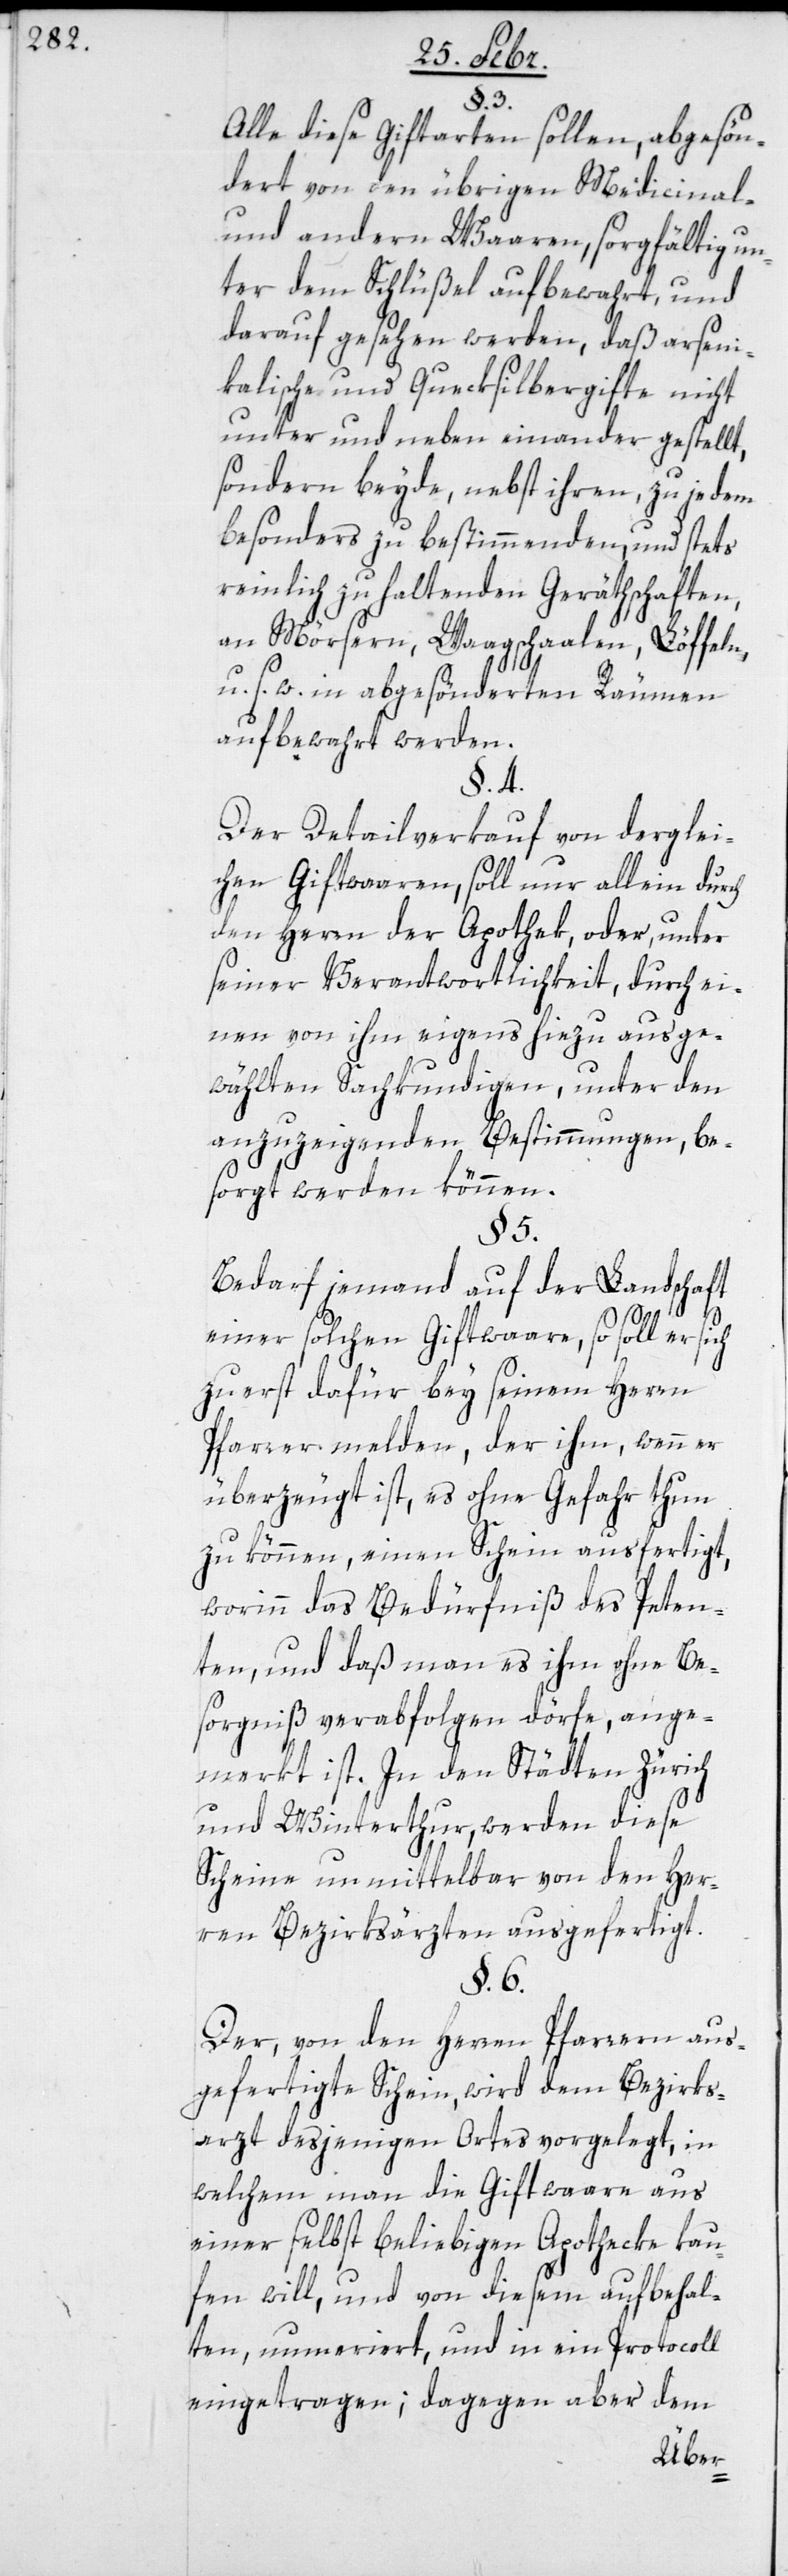
§. 3.
Alle diese Gift-Arten sollen, abgesön¬
dert von den übrigen Medicinal-
und andern Waaren, sorgfältig un¬
ter dem Schlüßel aufbewahrt, und
darauf gesehen werden, daß arseni¬
kalische und Quecksilbergifte nicht
unter und neben einander gestellt,
sondern beyde, nebst ihren, zu jedem
besonders zu bestimmenden, und stets
reinlich zu haltenden Geräthschaften,
an Mörsern, Waagschalen, Löffeln
u. s. w. in abgesönderten Räumen
aufbewahrt werden.
§. 4.
Der Detailverkauf von derglei¬
chen Giftwaaren, soll nur allein durch
den Herrn der Apothek, oder, unter
seiner Verantwortlichkeit, durch ei¬
nen von ihm eigens hiezu ausge¬
wählten Sachkundigen, unter den
anzuzeigenden Bestimmungen, be¬
sorgt werden können.
§. 5.
Bedarf jemand auf der Landschaft
einer solchen Giftwaare, so soll er sich
zuerst dafür bey seinem Herrn
Pfarrer melden, der ihm, wenn er
überzeugt ist, es ohne Gefahr thun
zu können, einen Schein ausfertigt,
worinn das Bedürfniß des Peten¬
ten, und daß man es ihm ohne Be¬
sorgniß verabfolgen dörfe, ange¬
merkt ist. In den Städten Zürich
und Winterthur werden diese
Scheine unmittelbar von den Her¬
ren Bezirksärzten ausgefertigt.
§. 6.
Der, von den Herren Pfarrern aus¬
gefertigte Schein, wird dem Bezirks¬
arzt desjenigen Ortes vorgelegt, in
welchem man die Gitwaare aus
einer selbst beliebigen Apotheke kau¬
fen will, und von diesem Aufbehal¬
ten, numeriert, und in ein Protocoll
eingetragen; dagegen aber dem